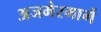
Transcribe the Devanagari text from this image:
अजमेरमार्गे